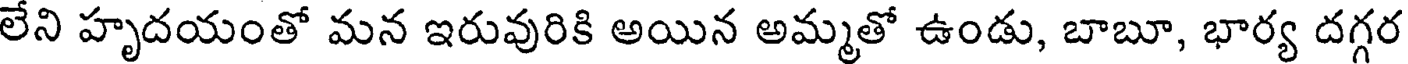
లేని హృదయంతో మన ఇరువురికి అయిన అమ్మతో ఉండు, బాబూ, భార్య దగ్గర